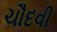
ચૌદવી